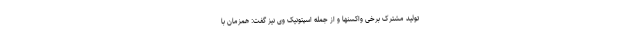
تولید مشترک برخی واکسنها و از جمله اسپتونیک وی نیز گفت: همزمان با